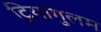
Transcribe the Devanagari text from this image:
ट्रियांगुलम